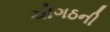
ચોગઠની